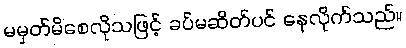
မမှတ်မိစေလိုသဖြင့် ခပ်မဆိတ်ပင် နေလိုက်သည်။